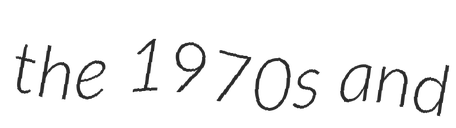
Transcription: the 1970s and